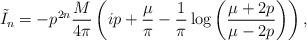
LaTeX: \begin{align*}\tilde{I}_n=-p^{2n} \frac{M}{4 \pi} \left(ip + \frac{\mu}{\pi} - \frac{1}{\pi}\log\left(\frac{\mu + 2 p}{\mu - 2 p}\right)\right),\end{align*}